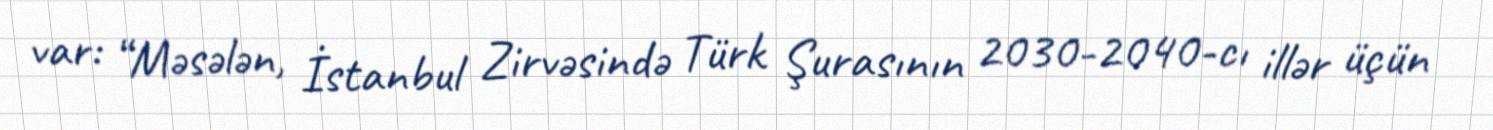
var: “Məsələn, İstanbul Zirvəsində Türk Şurasının 2030-2040-cı illər üçün